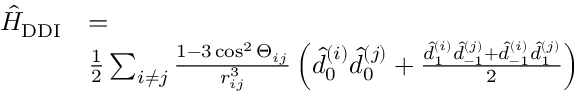
\begin{array} { r l } { \hat { H } _ { \mathrm { { D D I } } } } & { = } \\ & { \frac { 1 } { 2 } \sum _ { i \neq j } \frac { 1 - 3 \cos ^ { 2 } \Theta _ { i j } } { r _ { i j } ^ { 3 } } \left( \hat { d } _ { 0 } ^ { ( i ) } \hat { d } _ { 0 } ^ { ( j ) } + \frac { \hat { d } _ { 1 } ^ { ( i ) } \hat { d } _ { - 1 } ^ { ( j ) } + \hat { d } _ { - 1 } ^ { ( i ) } \hat { d } _ { 1 } ^ { ( j ) } } { 2 } \right) } \end{array}